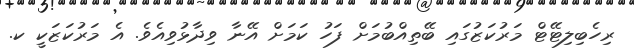
ރިހެބިލިޓޭޓް މަރުކަޒުގައި ބޭތިއްބުމަށް ފަހު ކަމަށް އޭނާ ވިދާޅުވިއެވެ. އެ މަރުކަޒަކީ ކ.